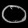
Digit: ၀